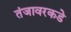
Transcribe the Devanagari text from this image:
तंजावरकडे